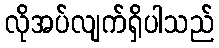
လိုအပ်လျက်ရှိပါသည်